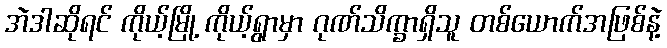
အဲဒါဆိုရင် ကိုယ့်မြို့ ကိုယ့်ရွာမှာ ဂုဏ်သိက္ခာရှိသူ တစ်ယောက်အဖြစ်နဲ့